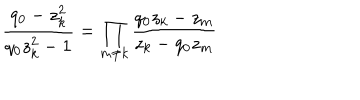
LaTeX: \frac { q _ { 0 } - z _ { k } ^ { 2 } } { q _ { 0 } z _ { k } ^ { 2 } - 1 } = \prod _ { m \neq k } \frac { q _ { 0 } z _ { k } - z _ { m } } { z _ { k } - q _ { 0 } z _ { m } }